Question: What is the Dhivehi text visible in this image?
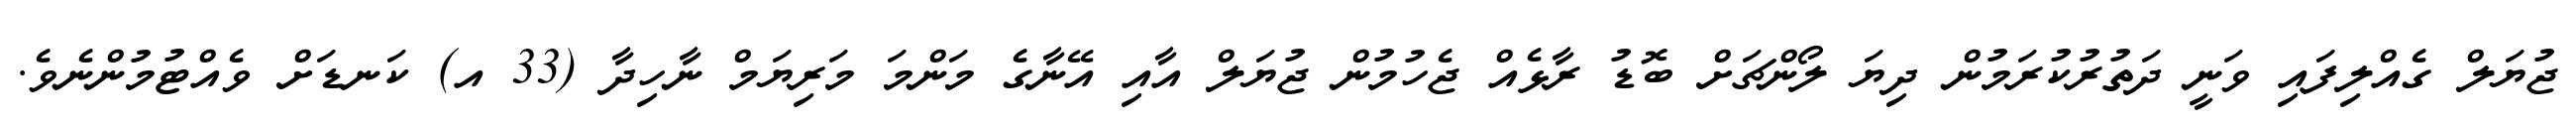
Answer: ޖުޔަލް ގެއްލިފައި ވަނީ ދަތުރުކުރަމުން ދިޔަ ލޯންޗަށް ބޮޑު ރާޅެއް ޖެހުމުން ޖުޔަލް އާއި އޭނާގެ މަންމަ މަރިޔަމް ނާހިދާ (33 އ) ކަނޑަށް ވެއްޓުމުންނެވެ.